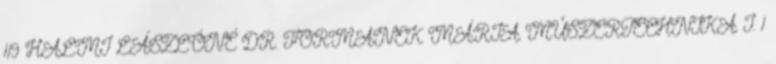
119 HALMI LÁSZLÓNÉ DR. FORMANEK MÁRIA MŰSZERTECHNIKA I. 1